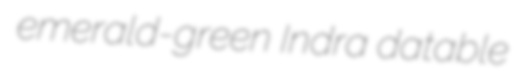
emerald-green Indra datable